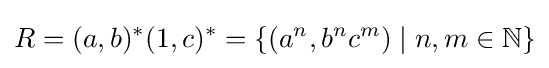
R=(a,b)^{*}(1,c)^{*}=\{(a^{n},b^{n}c^{m})\mid n,m\in \mathbb {N} \}